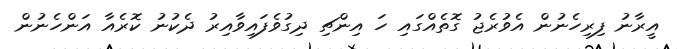
އީރާނު ފިރިހެނުން އެވުރެޖު ގޮތެއްގައި ހަ އިންޗި ދިގުވެފައިވާއިރު ދެކުނު ކޮރެއާ އަންހެނުން